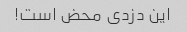
این دزدی محض است!